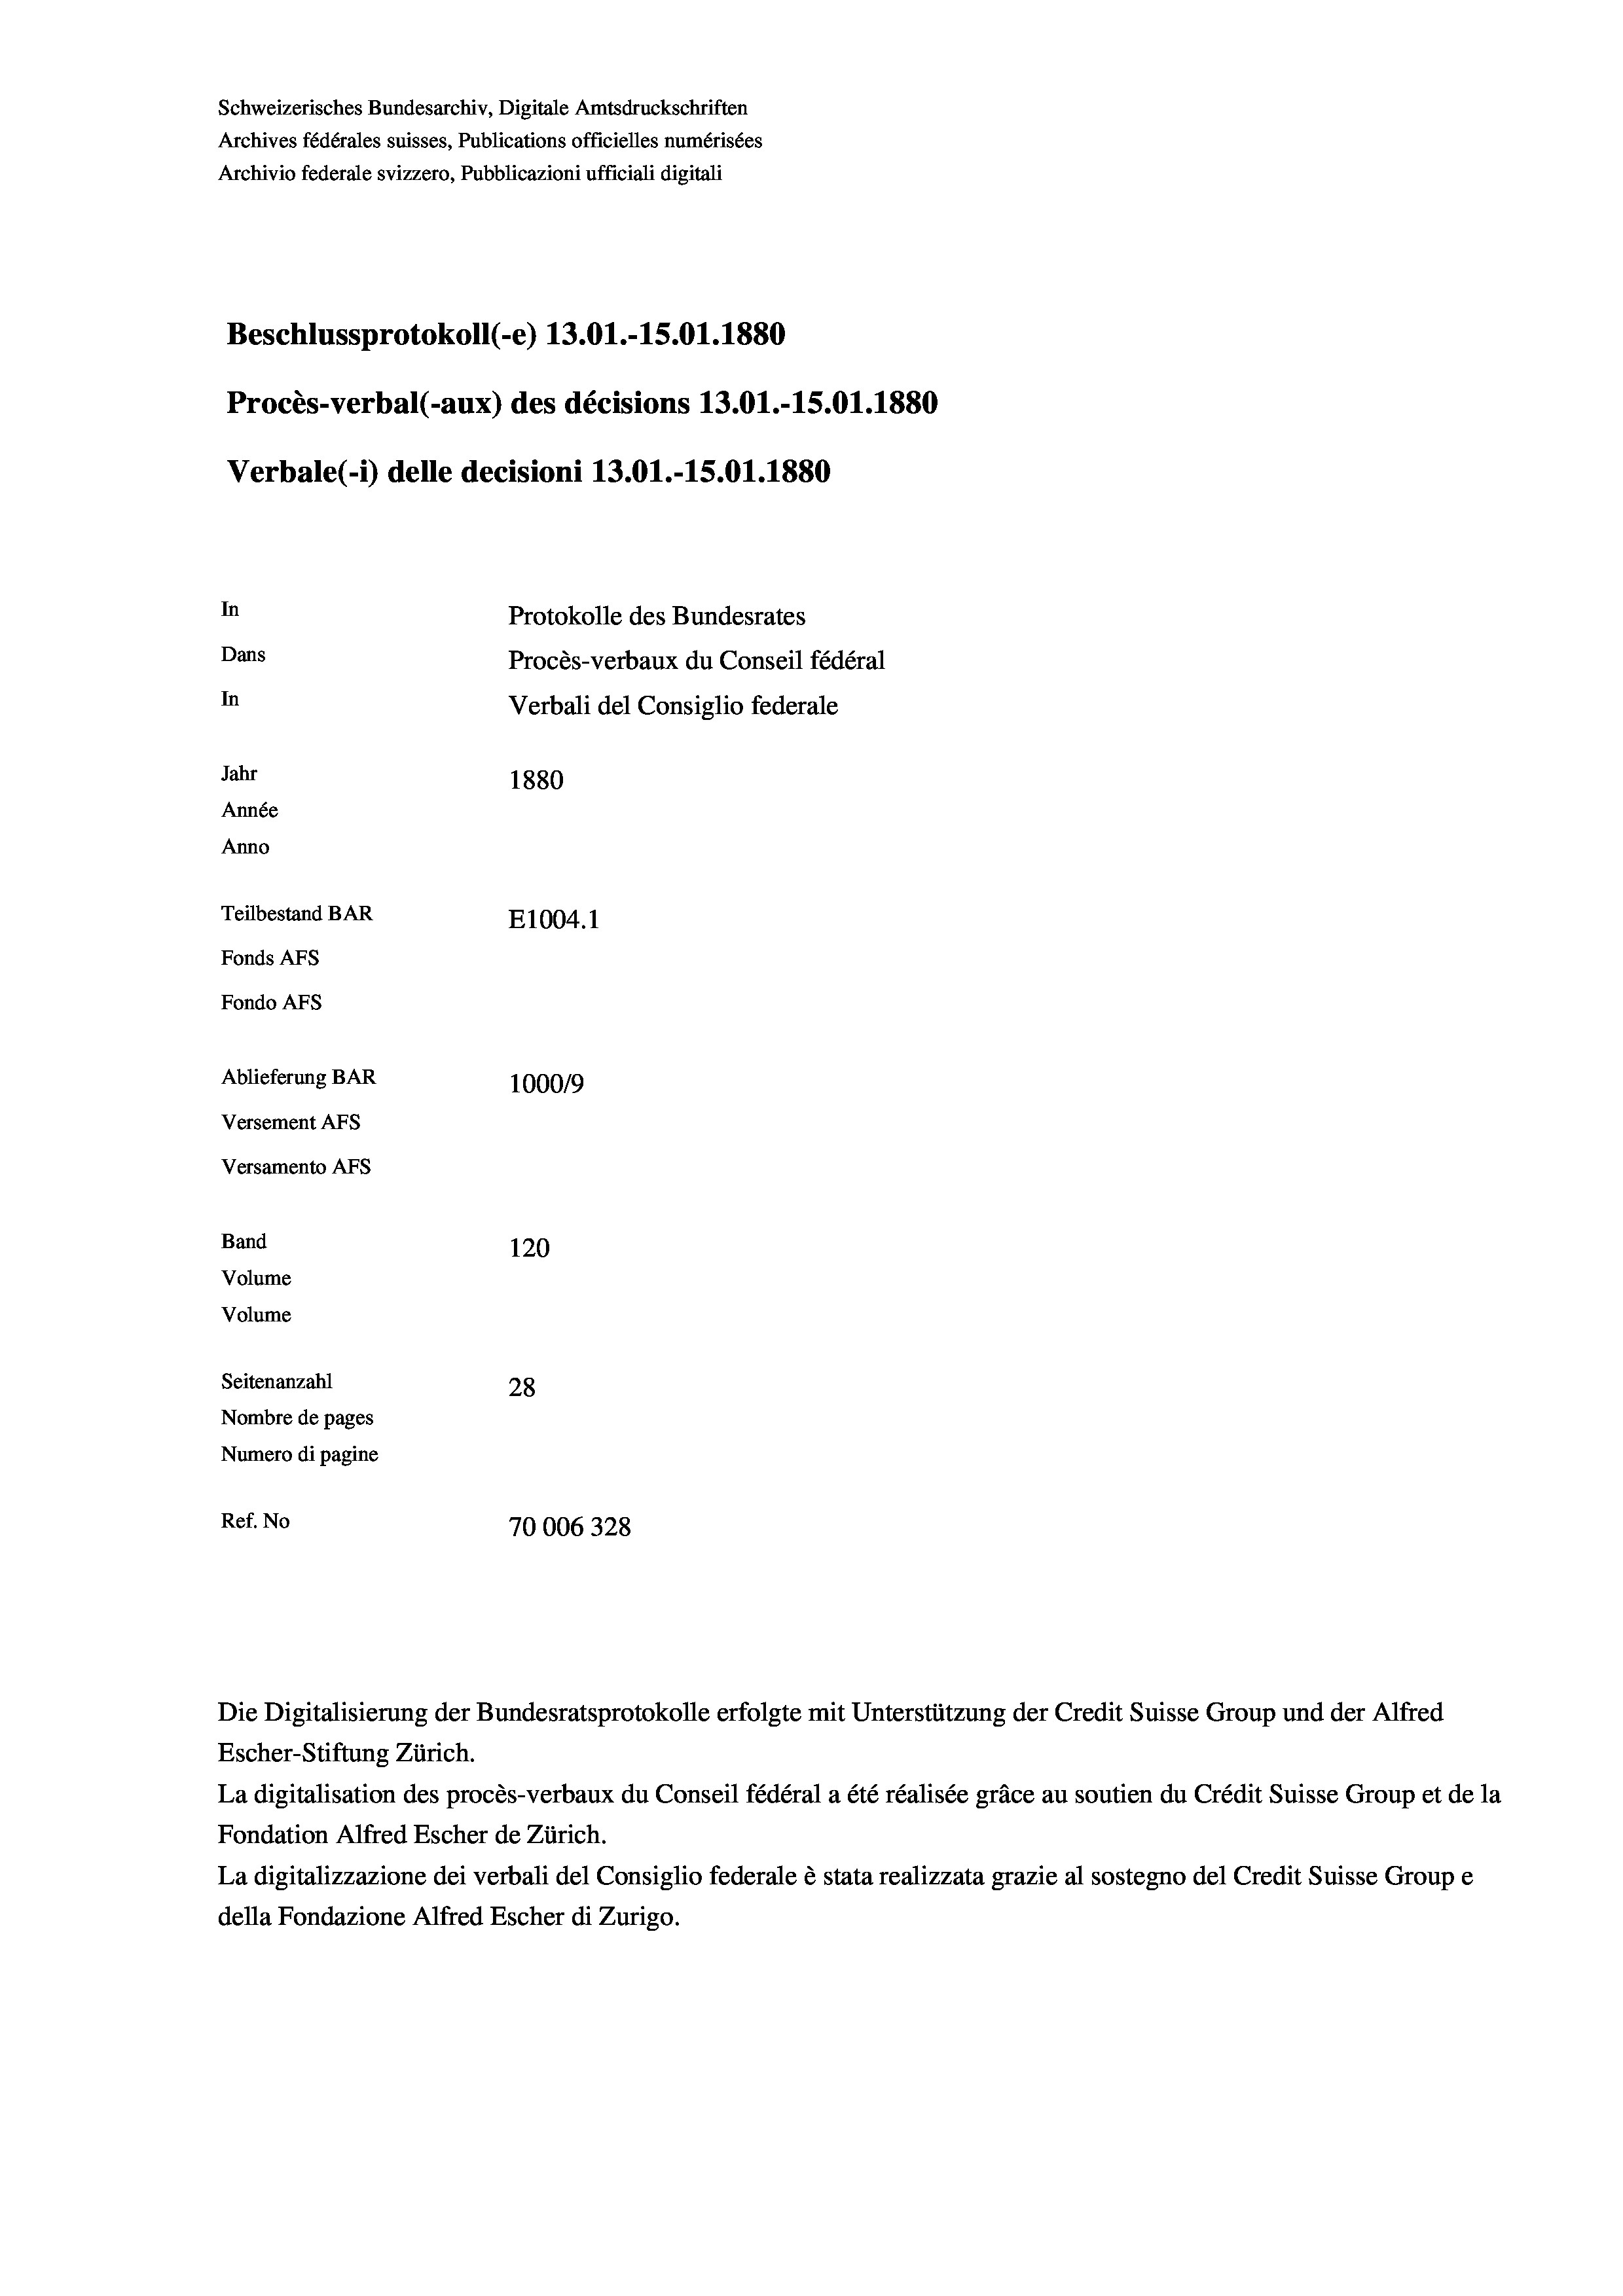
Schweizerisches Bundesarchiv, Digitale Amtsdruckschriften
Archives fédérales suisses, Publications officielles numérisées
Archivio federale svizzero, Pubblicazioni ufficiali digitali
Beschlussprotokoll (-e) 13.01.-15.01. 1880
Procès-verbal (-aux) des décisions 13.01.-15.01.1880
Verbale(*) delle decisioni 13.01.-15.01. 1880
In
Protokolle des Bundesrates
Dans
Procès-verbaux du Conseil fédéral
In
Verbali del Consiglio federale
Jahr
1880
Année
Anno
Teilbestand BAR
E1004. 1
Fonds AFs
Fondo Afs
Ablieferung BAR
100019
Versement AFs
Versamento Afs
Band
120
Volume
Volume
Seitenanzahl
28
Nombre de pages
Numero di pagine
Ref. No
70006328

Escher-Stiftung Zürich.
La digitalisation des procès-verbaux du Conseil fédéral a été réalisée gräce au soutien du Crédit Suisse Group et de la
Fondation Alfred Escher de Zürich.
La digitalizzazione dei verbali del Consiglio federale è stata realizzata grazie al sostegno del Credit Suisse Groupe
della Fondazione Alfred Escher di Zurigo.

Die Digitalisierung der Bundesratsprotokolle erfolgte mit Unterstützung der Credit Suisse Group und der Alfred